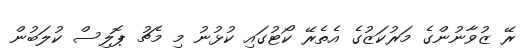
ރޭ ޒުވާނުންގެ މަރުކަޒުގެ އެތެރޭ ކޯޓުގައި ކުޅުނު މި މެޗު ޕޮލިސް ކުލަބުން